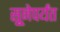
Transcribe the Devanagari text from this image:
सुूनेपर्यंत